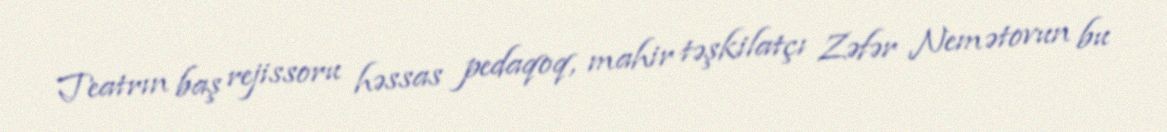
Teatrın baş rejissoru həssas pedaqoq, mahir təşkilatçı Zəfər Nemətovun bu